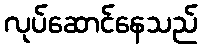
လုပ်ဆောင်နေသည်